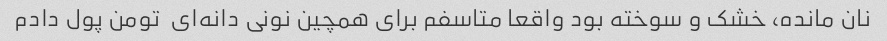
نان مانده، خشک و سوخته بود واقعا متاسفم برای همچین نونی دانه‌ای  تومن پول دادم